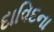
દાવિદના